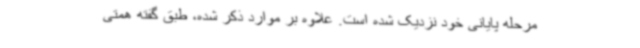
مرحله پایانی خود نزدیک شده است. علاوه بر موارد ذکر شده، طبق گفته همتی